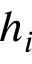
h _ { i }